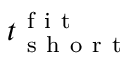
t _ { \mathrm { ~ s ~ h ~ o ~ r ~ t ~ } } ^ { \mathrm { ~ f ~ i ~ t ~ } }